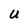
Character: U